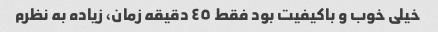
خیلی خوب و باکیفیت بود فقط ٤٥ دقیقه زمان، زیاده به نظرم